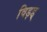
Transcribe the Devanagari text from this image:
विड़ड्